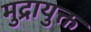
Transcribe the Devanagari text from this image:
मुद्रायुक्त